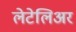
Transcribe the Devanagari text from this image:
लेटेलिअर